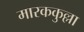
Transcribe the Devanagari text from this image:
मारककुल्ला